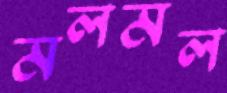
মলমল